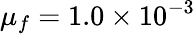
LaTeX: \mu_{f}=1.0\times 10^{-3}